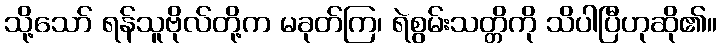
သို့သော် ရန်သူဗိုလ်တို့က မခုတ်ကြ၊ ရဲစွမ်းသတ္တိကို သိပါပြီဟုဆို၏။